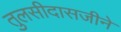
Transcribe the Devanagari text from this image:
तुलसीदासजीने